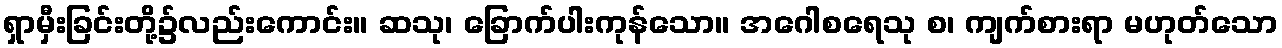
ရှာမှီးခြင်းတို့၌လည်းကောင်း။ ဆသု၊ ခြောက်ပါးကုန်သော။ အဂေါစရေသု စ၊ ကျက်စားရာ မဟုတ်သော